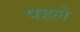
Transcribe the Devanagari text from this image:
पहले